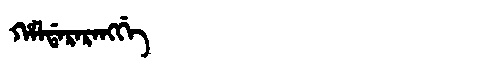
Manchu: ᡥᠠᠯᡩᠠᡵᠠᡵᠠᠩᡤᡝ
Romanization: HALDARARANGGE